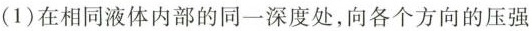
(1)在相同液体内部的同一深度处，向各个方向的压强